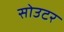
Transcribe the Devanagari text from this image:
सोउटर